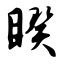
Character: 睽